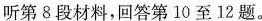
听第8段材料,回答第10至12题。